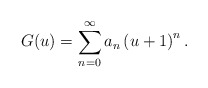
\begin{align*}G(u) = \sum_{n=0}^{\infty} a_n \left(u+1 \right)^n.\end{align*}